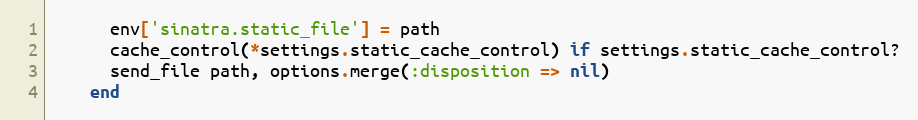
Language: Ruby
      env['sinatra.static_file'] = path
      cache_control(*settings.static_cache_control) if settings.static_cache_control?
      send_file path, options.merge(:disposition => nil)
    end